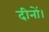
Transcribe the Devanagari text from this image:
दीनों।